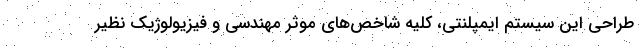
طراحی این سیستم ایمپلنتی، کلیه شاخص­های موثر مهندسی و فیزیولوژیک نظیر